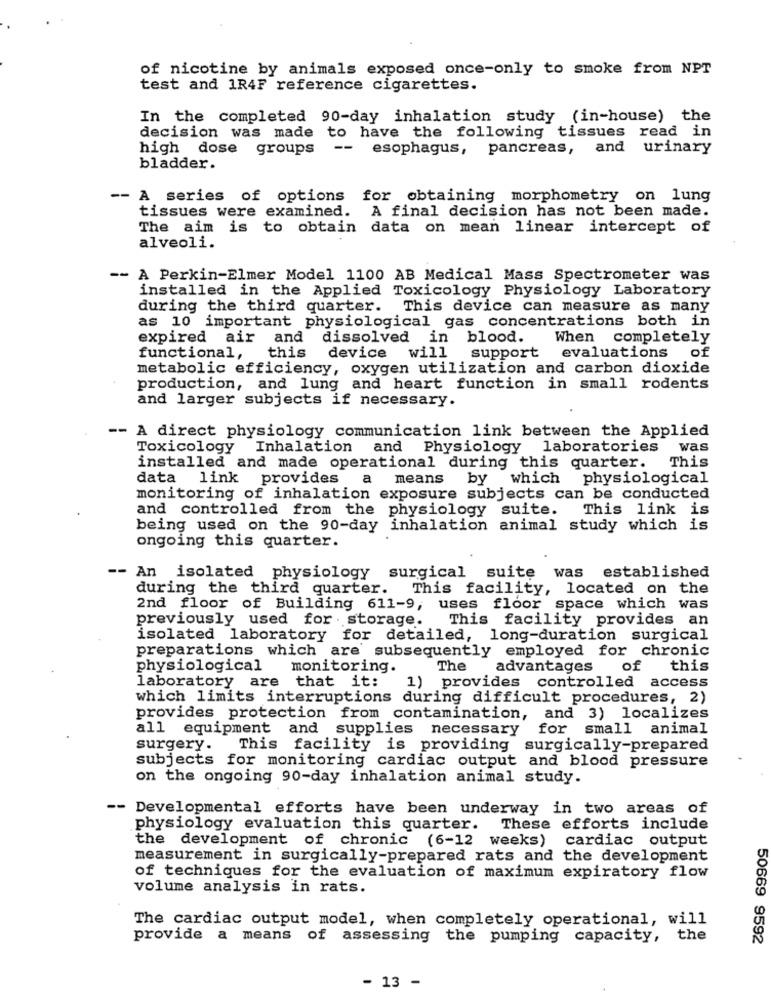
of nicotine by animals exposed once-only to smoke from NPT
test and 1R4F reference cigarettes.
In the completed 90-day inhalation study (in-house) the
decision was made to have the following tissues read in
high dose groups -- esophagus, pancreas, and urinary
bladder.
-- A series of options for obtaining morphometry on lung
tissues were examined. A final decision has not been made.
The aim is to obtain data on mean linear intercept of
alveoli.
-- A Perkin-Elmer Model 1100 AB Medical Mass Spectrometer was
installed in the Applied Toxicology Physiology Laboratory
during the third quarter. This device can measure as many
as 10 important physiological gas concentrations both in
expired air and dissolved in blood.
When completely
functional,
this
device will
support evaluations of
metabolic efficiency, oxygen utilization and carbon dioxide
production, and lung and heart function in small rodents
and larger subjects if necessary.
-- A direct physiology communication link between the Applied
Toxicology
Inhalation and Physiology laboratories
was
This
installed and made operational during this quarter.
data link provides
a means by which physiological
monitoring of inhalation exposure subjects can be conducted
and controlled from the physiology suite.
This link is
being used on the 90-day inhalation animal study which is
ongoing this quarter.
-- An isolated physiology surgical suite was established
during the third quarter.
This facility, located on the
2nd floor of Building 611-9, uses floor space which was
previously used for . storage.
This facility provides an
isolated laboratory for detailed, long-duration surgical
preparations which are subsequently employed for chronic
physiological
monitoring.
The
advantages of this
laboratory are that it:
1) provides controlled access
which limits interruptions during difficult procedures, 2)
provides protection from contamination, and 3) localizes
all equipment and supplies necessary
for small animal
surgery.
This facility is providing surgically-prepared
subjects for monitoring cardiac output and blood pressure
on the ongoing 90-day inhalation animal study.
-- Developmental efforts have been underway in two areas of
physiology evaluation this quarter. These efforts include
the development of chronic (6-12 weeks) cardiac output
measurement in surgically-prepared rats and the development
of techniques for the evaluation of maximum expiratory flow
volume analysis in rats.
The cardiac output model, when completely operational, will
provide a means of assessing the pumping capacity, the
50669 9592
- 13 -